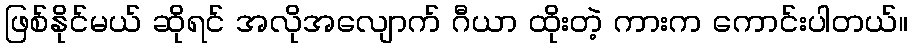
ဖြစ်နိုင်မယ် ဆိုရင် အလိုအလျောက် ဂီယာ ထိုးတဲ့ ကားက ကောင်းပါတယ်။